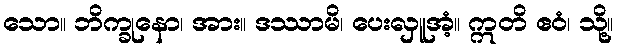
သော။ ဘိက္ခုနော၊ အား။ ဒဿာမိ၊ ပေးလှူအံ့။ ဣတိ ဧဝံ၊ သို့။